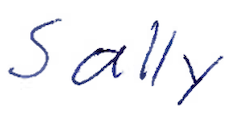
Text: Sally
Cross-out: clean
Writing tool: ballpoint